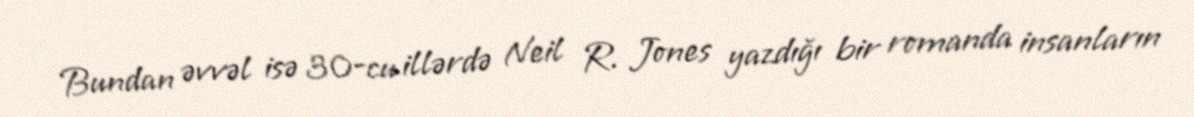
Bundan əvvəl isə 30-cu illərdə Neil R. Jones yazdığı bir romanda insanların